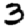
Digit: 3